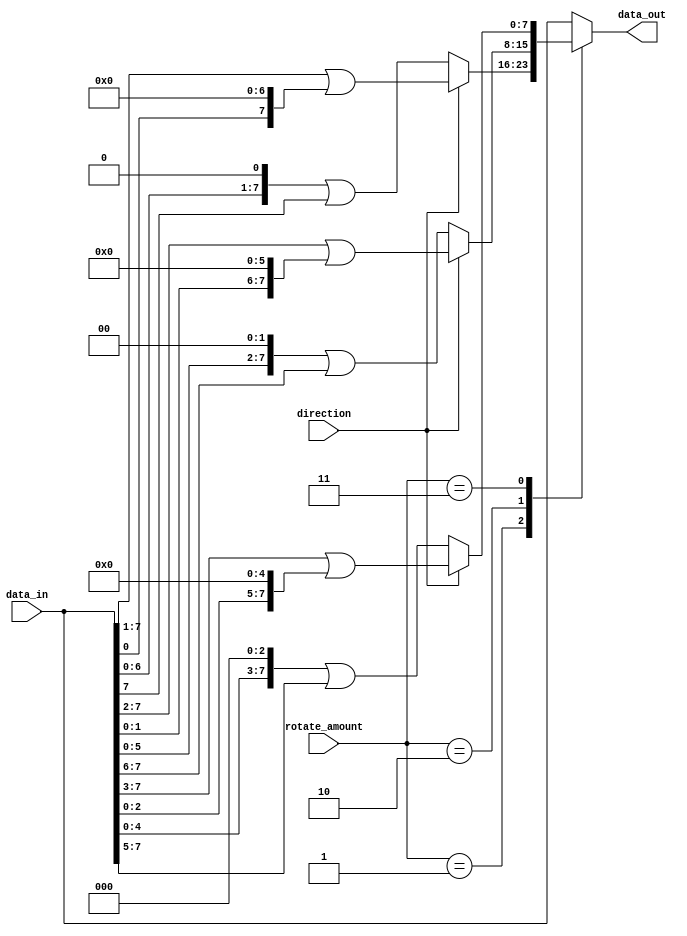
module BarrelShifter (
    input [7:0] data_in,
    input [2:0] rotate_amount,
    input direction,
    output [7:0] data_out
);

reg [7:0] temp_data;

// Implementing the rotating barrel shifter circuit
always @* begin
    case (rotate_amount)
        3'b000: temp_data = data_in;
        3'b001: temp_data = (direction) ? (data_in >> 1) | (data_in << 7) : (data_in << 1) | (data_in >> 7);
        3'b010: temp_data = (direction) ? (data_in >> 2) | (data_in << 6) : (data_in << 2) | (data_in >> 6);
        3'b011: temp_data = (direction) ? (data_in >> 3) | (data_in << 5) : (data_in << 3) | (data_in >> 5);
        // Add more cases for additional shifting options
        
        default: temp_data = data_in;
    endcase
end

assign data_out = temp_data;

endmodule